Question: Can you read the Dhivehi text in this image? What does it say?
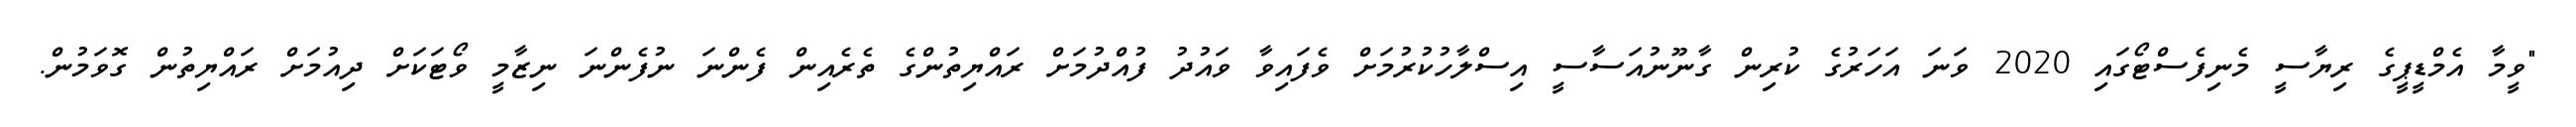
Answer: "ވީމާ އެމްޑީޕީގެ ރިޔާސީ މެނިފެސްޓޯގައި 2020 ވަނަ އަހަރުގެ ކުރިން ގާނޫނުއަސާސީ އިސްލާހުކުރުމަށް ވެފައިވާ ވައުދު ފުއްދުމަށް ރައްޔިތުންގެ ތެރެއިން ފެންނަ ނުފެންނަ ނިޒާމީ ވޯޓަކަށް ދިއުމަށް ރައްޔިތުން ގޮވަމުން.